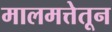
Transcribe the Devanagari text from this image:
मालमत्तेतून